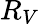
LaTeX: R_{V}